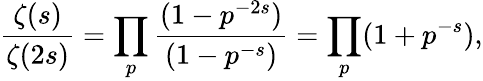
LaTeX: {\frac{\zeta(s)}{\zeta(2s)}}=\prod_{p}{\frac{(1-p^{-2s})}{(1-p^{-s})}}=\prod_{p}(1+p^{-s}),